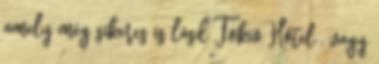
amely még sikeres is lásd Tokio Hotel , vagy